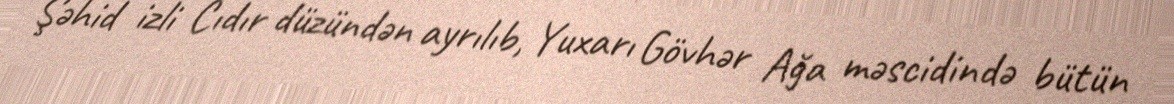
Şəhid izli Cıdır düzündən ayrılıb, Yuxarı Gövhər Ağa məscidində bütün